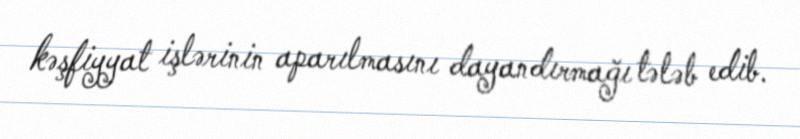
kəşfiyyat işlərinin aparılmasını dayandırmağı tələb edib.